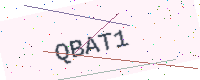
Text: QBAT1